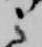
之